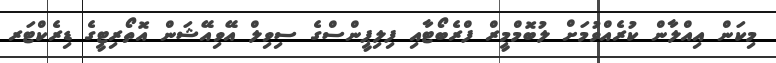
މިކަން އިއްލާން ކުރެއްވުމަށް ލުބޮމްމީރް ފްރެބޯޓާއި ފިލިޕީންސްގެ ސިވިލް އޭވިއޭޝަން އޮތޯރިޓީގެ ޑިރެކްޓަރ